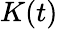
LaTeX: K(t)